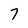
Character: 7